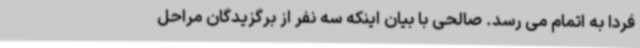
فردا به اتمام می رسد. صالحی با بیان اینکه سه نفر از برگزیدگان مراحل